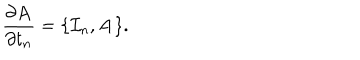
\frac { \partial \mathrm { { \bf A } } } { \partial t _ { n } } = \{ { \cal I } _ { n } , \mathrm { { \bf A } } \} .